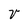
Character: v